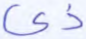
ذي